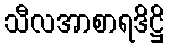
သီလအာစာရဒိဋ္ဌိ